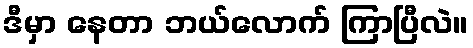
ဒီမှာ နေတာ ဘယ်လောက် ကြာပြီလဲ။